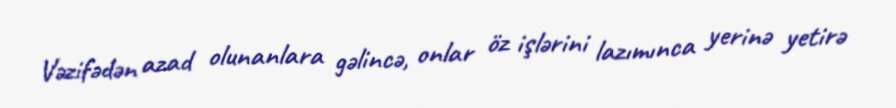
Vəzifədən azad olunanlara gəlincə, onlar öz işlərini lazımınca yerinə yetirə